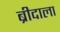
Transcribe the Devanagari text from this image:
ब्रीदाला